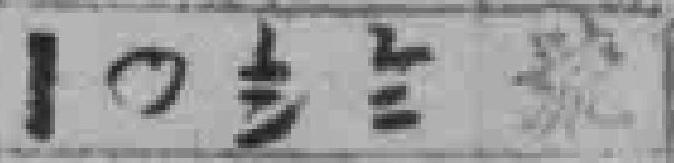
1〇**號